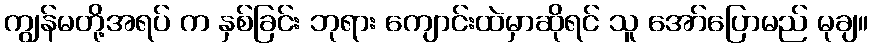
ကျွန်မတို့အရပ် က နှစ်ခြင်း ဘုရား ကျောင်းထဲမှာဆိုရင် သူ အော်ပြောမည် မုချ။